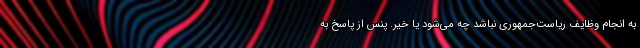
به انجام وظایف ریاست‌جمهوری نباشد چه می‌شود یا خیر. پنس از پاسخ به